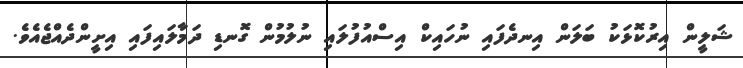
ޝަލީން އިރުކޮޅަކު ބަލަން އިނދެފައި ނުހައިކް އިސްއުފުލައި ނުލުމުން ގޮނޑި ދަމާލައިފައި އިށީންދެއްޖެއެވެ.